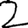
Digit: 2